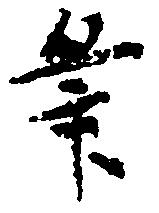
筆